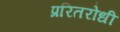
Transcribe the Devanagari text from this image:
प्ररितरोधी